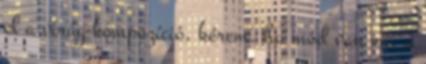
el a virág-kompozíció, kérem, ha mód van rá, a